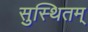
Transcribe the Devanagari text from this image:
सुस्थितम्